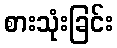
စားသုံးခြင်း